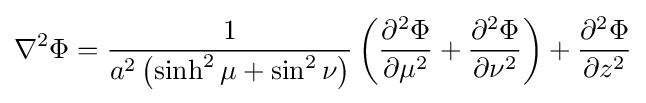
\nabla ^{2}\Phi ={\frac {1}{a^{2}\left(\sinh ^{2}\mu +\sin ^{2}\nu \right)}}\left({\frac {\partial ^{2}\Phi }{\partial \mu ^{2}}}+{\frac {\partial ^{2}\Phi }{\partial \nu ^{2}}}\right)+{\frac {\partial ^{2}\Phi }{\partial z^{2}}}